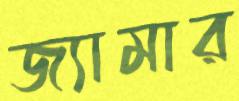
জ্যামার